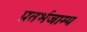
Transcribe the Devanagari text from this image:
प्रतर्भजाम्य